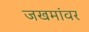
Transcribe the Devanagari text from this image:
जखमांवर